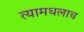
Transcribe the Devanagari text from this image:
त्यामधलाच